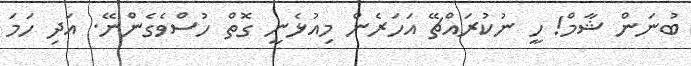
ބުނަން ޝާމް! ހީ ނުކުރައްޗޭ އަހަރެން މިއުޅެނީ ގޮތް ހުސްވެގެންނޭ. އަދި ހަމަ